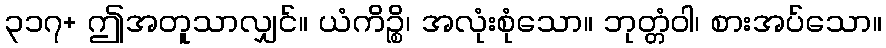
၃၁၇+ ဤအတူသာလျှင်။ ယံကိဉ္စိ၊ အလုံးစုံသော။ ဘုတ္တံဝါ၊ စားအပ်သော။